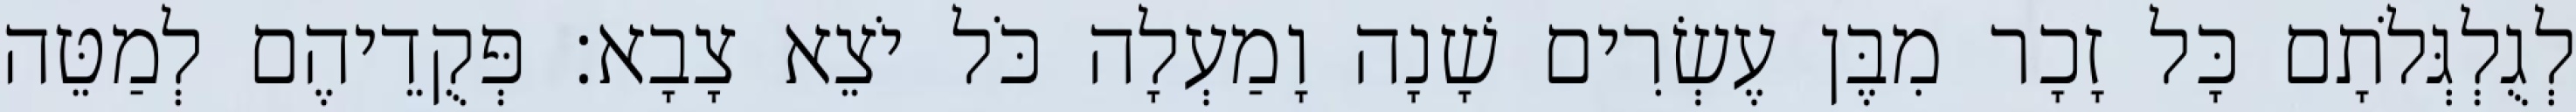
לְגֻלְגְּלֹתָם כָּל זָכָר מִבֶּן עֶשְׂרִים שָׁנָה וָמַעְלָה כֹּל יֹצֵא צָבָא׃ פְּקֻדֵיהֶם לְמַטֵּה